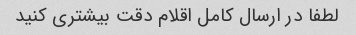
لطفا در ارسال کامل اقلام دقت بیشتری کنید